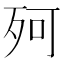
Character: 𣧤